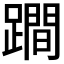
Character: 𨅍